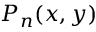
P _ { n } ( x , y )